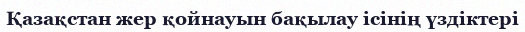
Қазақстан жер қойнауын бақылау ісінің үздіктері